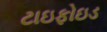
ટાઇફોઇડ